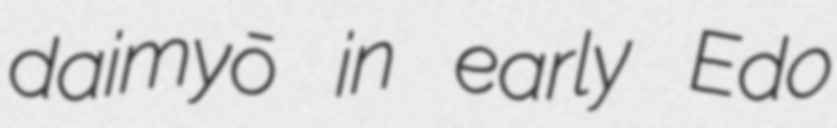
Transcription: daimyō in early Edo